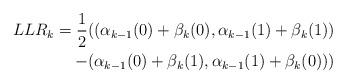
LaTeX: \begin{align*}LLR_k = \frac{1}{2}((\alpha_{k-1}(0)+\beta_{k}(0),\alpha_{k-1}(1)+\beta_{k}(1))\\-(\alpha_{k-1}(0)+\beta_{k}(1),\alpha_{k-1}(1)+\beta_{k}(0))) \end{align*}